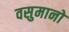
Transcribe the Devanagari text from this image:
वसुमानो